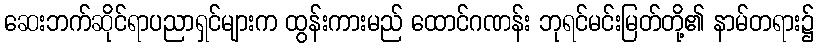
ဆေးဘက်ဆိုင်ရာပညာရှင်များက ထွန်းကားမည် ထောင်ဂဏန်း ဘုရင်မင်းမြတ်တို့၏ နာမ်တရား၌